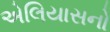
એલિયાસનો